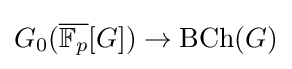
G_{0}({\overline {\mathbb {F} _{p}}}[G])\to \mathrm {BCh} (G)